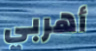
أهربي